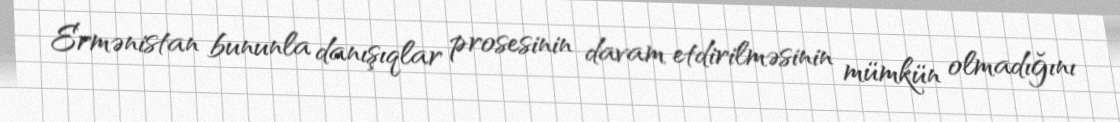
Ermənistan bununla danışıqlar prosesinin davam etdirilməsinin mümkün olmadığını